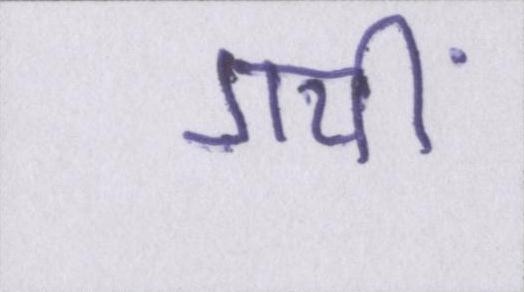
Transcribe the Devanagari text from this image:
गयीं